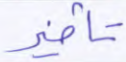
تأخير